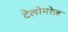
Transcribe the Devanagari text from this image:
टेलोमरेज़